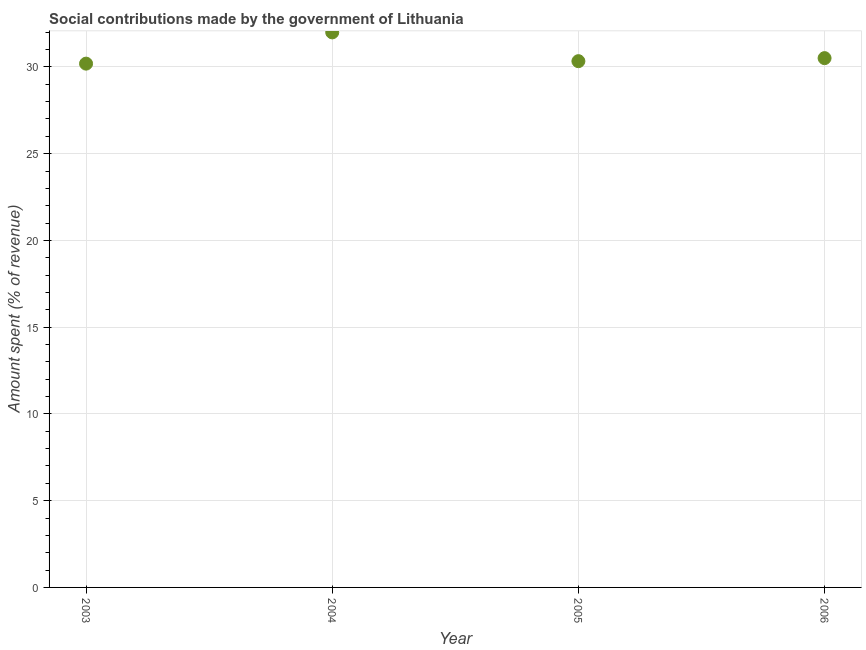
| Year | Social contributions |
 | --- | --- |
 | 2003 | 30.2 |
 | 2004 | 32 |
 | 2005 | 30.3 |
 | 2006 | 30.5 |